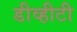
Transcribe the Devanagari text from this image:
डीव्हीटी